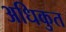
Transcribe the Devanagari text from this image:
अधिकुत